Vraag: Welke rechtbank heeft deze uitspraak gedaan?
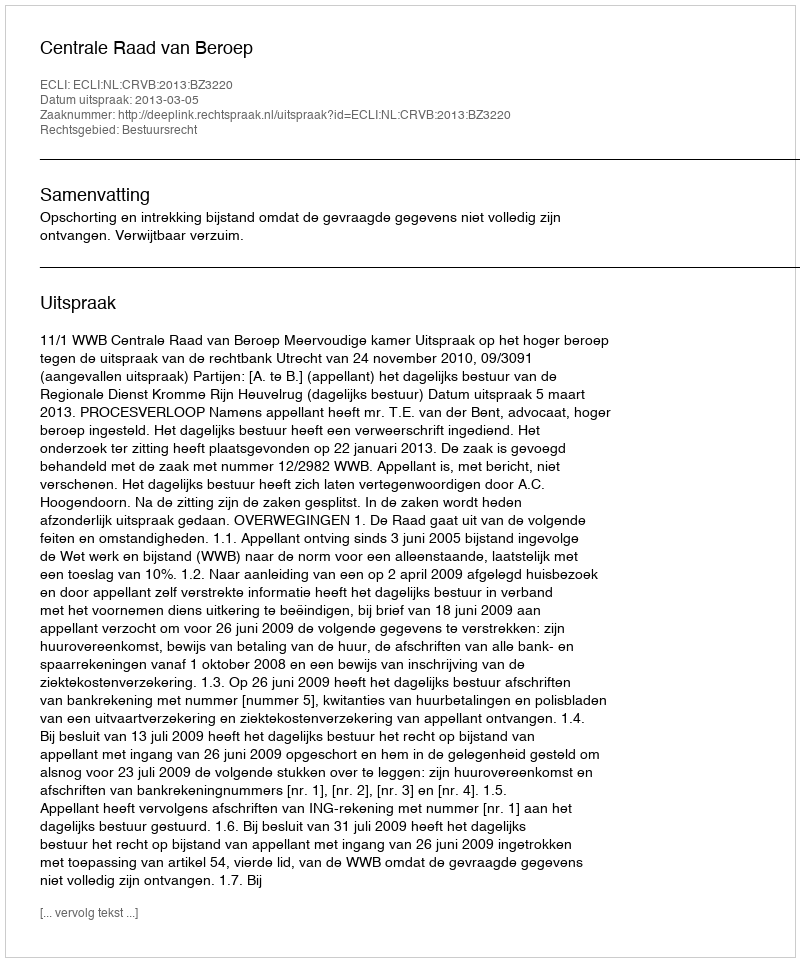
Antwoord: Centrale Raad van Beroep